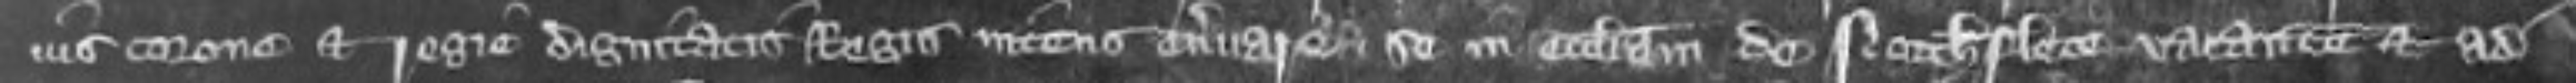
ius corone et Regie dignitatis Regis intens enervare se in ecclesiam de Northplece vacante et ad